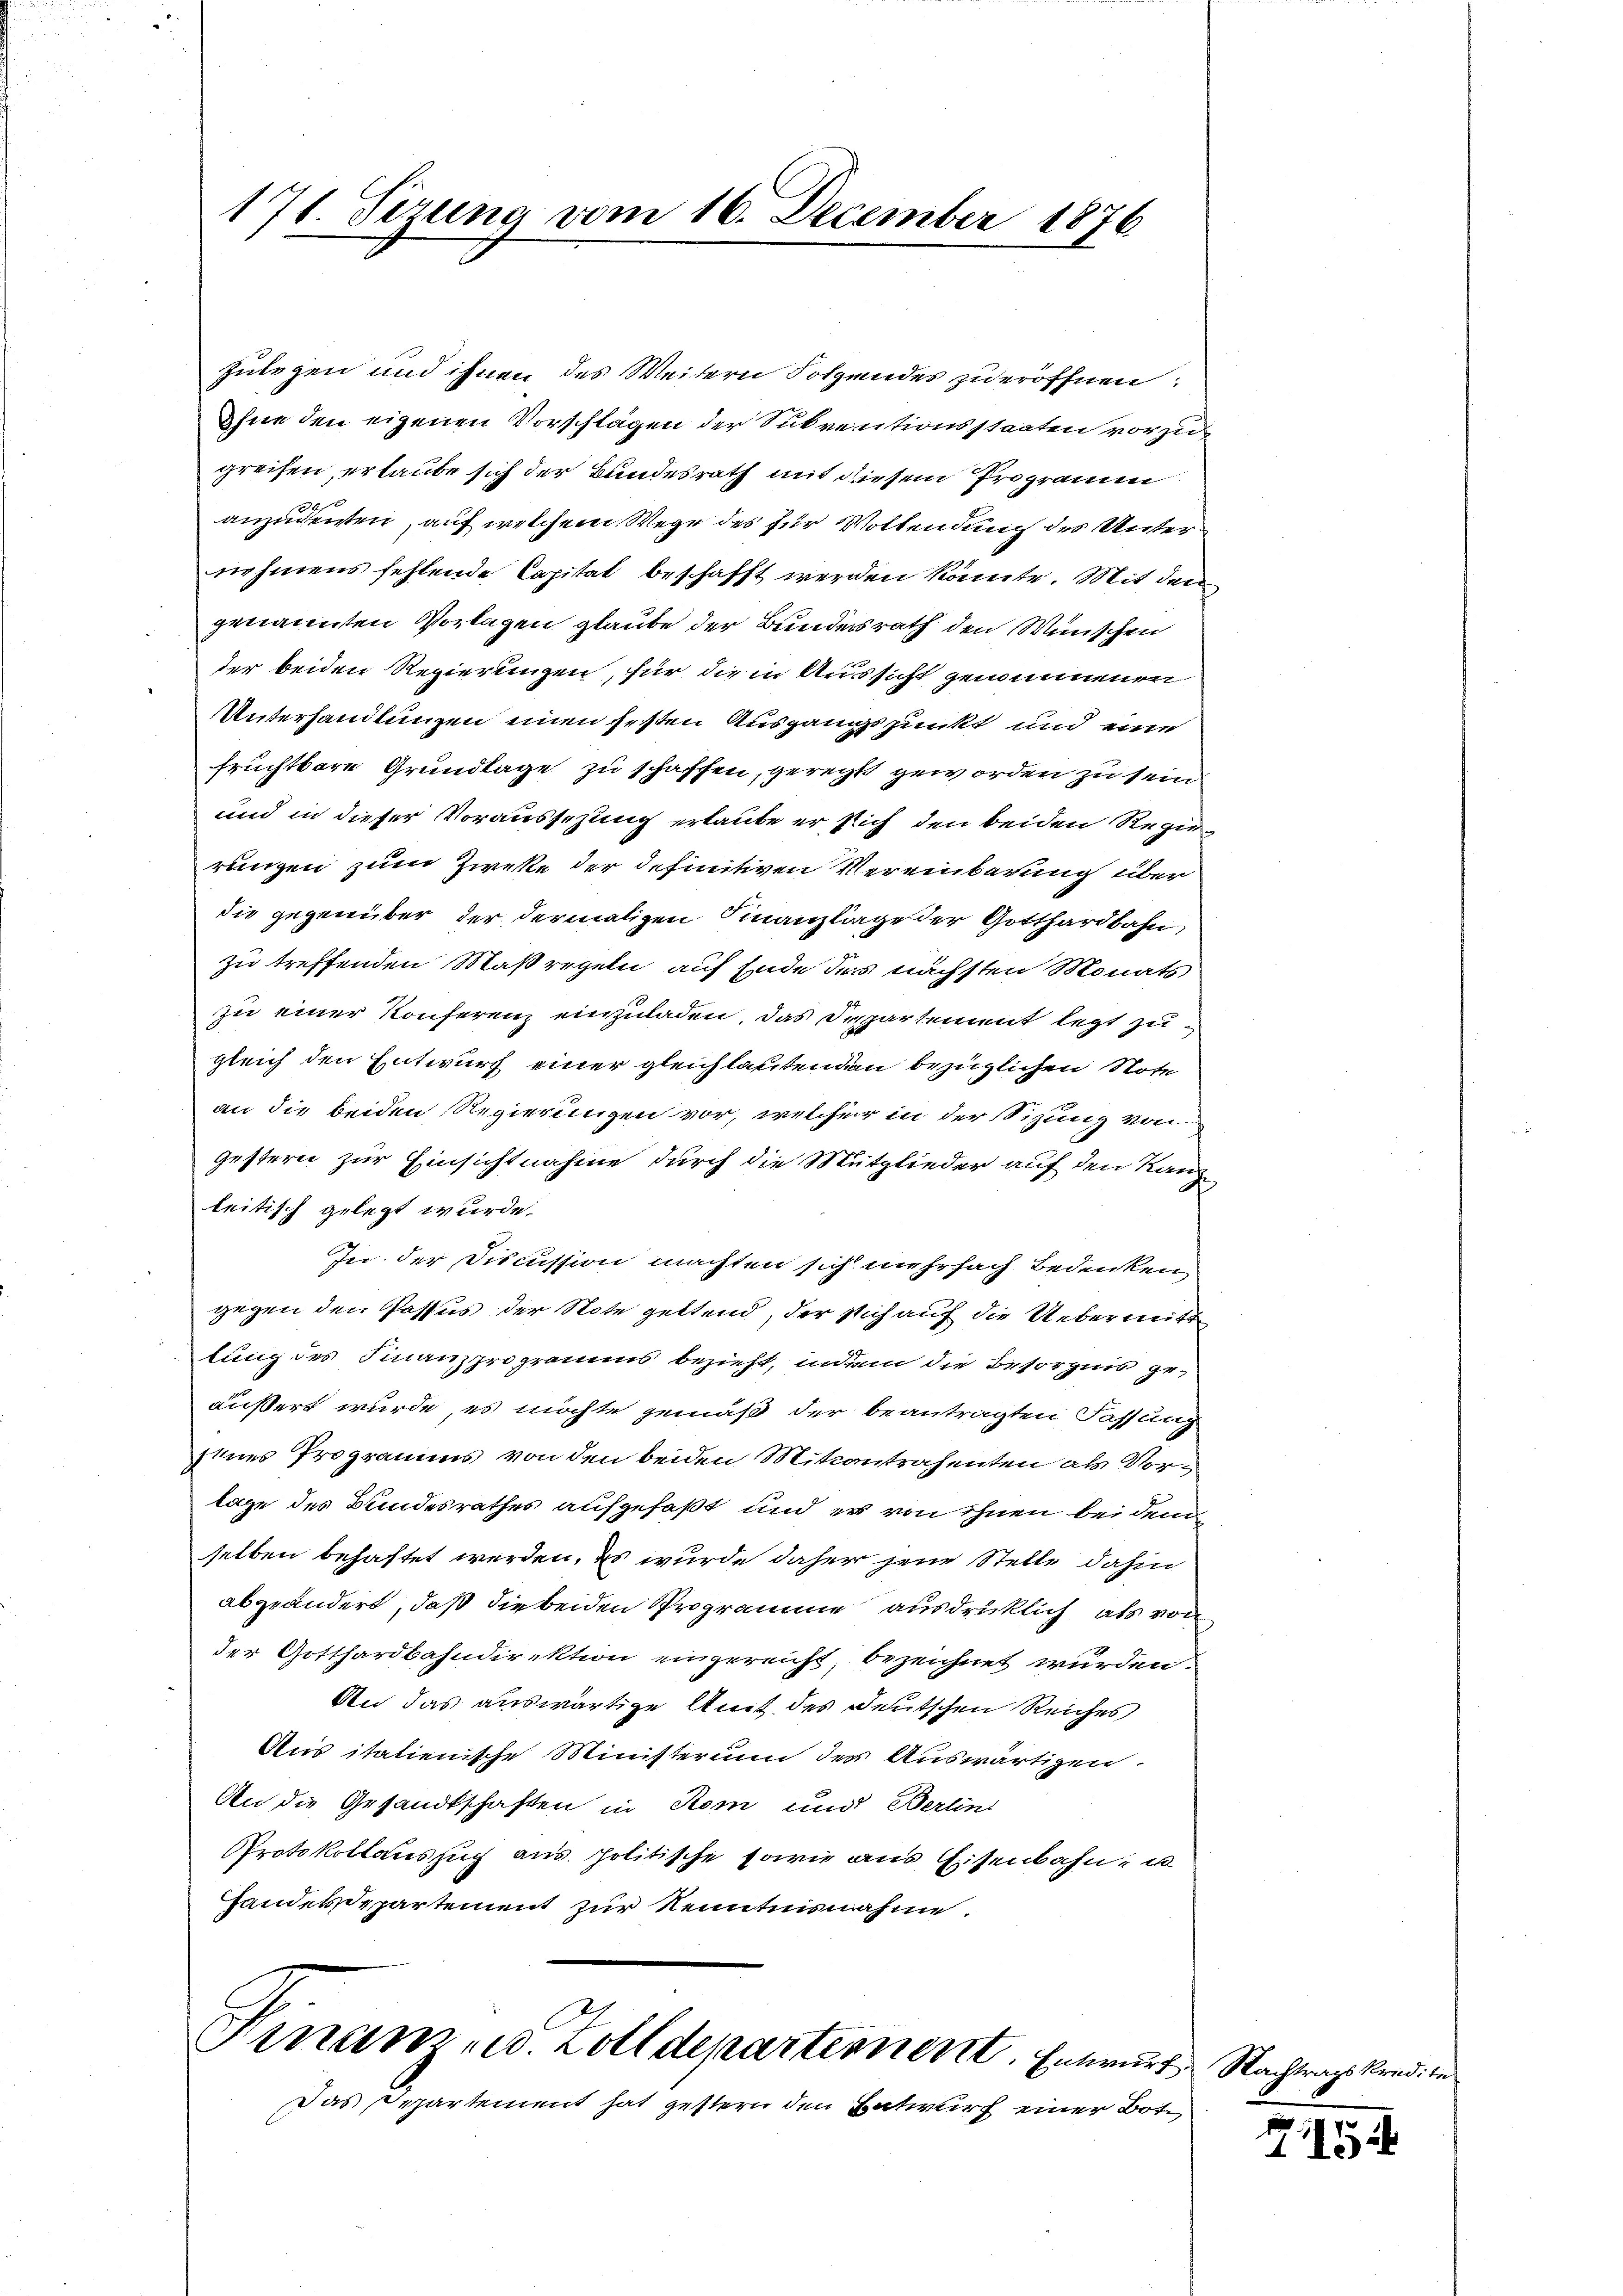
171. Tizung vom 16. December 1876

zulegen und ihnen des Weitern Folgendes zu eröffnen
Ohne den eigenen Vorschlägen der Subventionsstaaten vorzugreifen, erlaube sich der Bundesrath mit diesem Programm
2
anzudenten, auf welchem Wege des für Vollendung des Unternehmens fehlende Capital beschafft werden könnte. Mit den
genannten Vorlagen glaube der Bundesrath den Wünschen
der beiden Regierungen, für die in Aussicht genommenen
Unterhandlungen einen gesten Ausgangspunkt und eine
fruchtbare Grundlage zu schaffen, gerechts geworden zu sein
und in dieser Voraussezung erlaube er sich den beiden Regierungen zum Zweke der definitiven Vereinbarung über
die gegenüber der dermaligen Finanzlage der Gotthardbahn
zu treffenden Maßregeln auf Ende des nächsten Monats
zu einer Konferenz einzuladen, das Departement legt zu
gleich den Entwurf einer gleichlautenden bezüglichen Note
an die beiden Regierungen vor, welcher in der Sitzung von
gestern zur Einsichtnahme durch die Mitglieder auf den Kanzleitisch gelegt wurde.
In der Discussion machten sich mehrfach Bedenken
gegen den Possus der Note geltend, der sich auf die Uebermitt
lung des Finanzprogramms bezieht, indem die Besorgnis geäußert wurde, es möchte gemäß der beantragten Fassung
Iines Programms von den beiden Mitcontrahenten als Vorlage des Bundesrathes aufgefaßt und er von ihnen bei dem
selben behaftet werden. Es wurde daher jene Stelle dahin
abgeändert, daß die beiden Programme ausdrücklich, als von
der Gotthardbahndirektion eingereicht, bezeichnet wurden.
An das auswärtige Amt des Deutschen Reiches
Aus italienische Ministerium des Auswärtigen.
An die Gesandtschaften in Rom und Berlin
Protokollauszug aus politische sowie aus Eisenbahn- u
Handesdepartement zur Kenntnisnahme.

l
Sinam u. Zolldepartement. Entwurf Nachtragskredite

Das Departement hat gestern den Entwurf einer Bot¬

2154